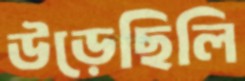
উড়েছিলি